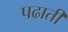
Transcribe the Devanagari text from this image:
पढाती